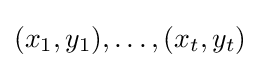
(x_{1},y_{1}),\ldots ,(x_{t},y_{t})